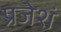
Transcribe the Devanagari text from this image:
प्रजेशं